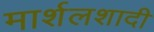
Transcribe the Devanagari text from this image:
मार्शलशादी